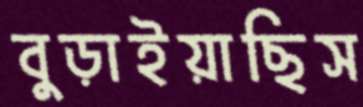
বুড়াইয়াছিস